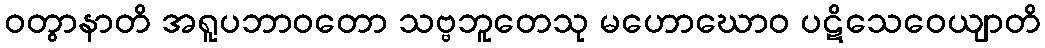
ဝတွာနာတိ အရူပဘာဝတော သဗ္ဗဘူတေသု မဟောဃောဝ ပဋိသေဝေယျာတိ